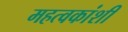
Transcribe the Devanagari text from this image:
महत्वकांशी